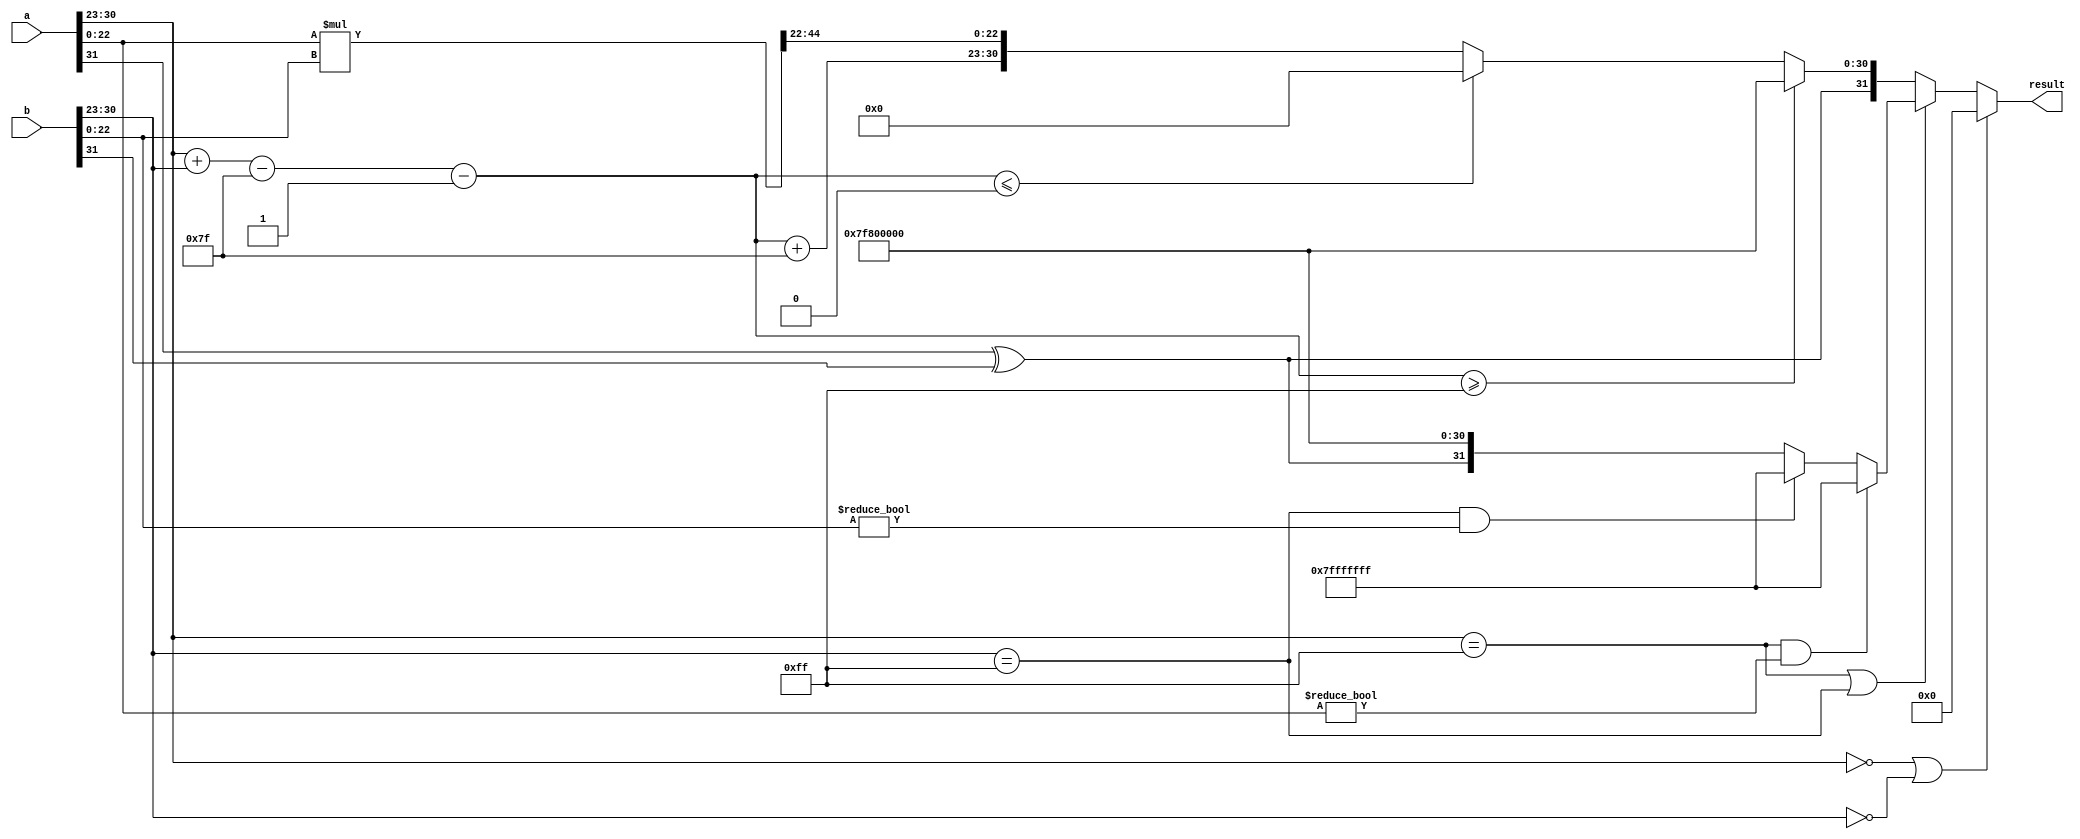
module floating_point_multiplier (
    input  wire [31:0] a,        // First floating-point number
    input  wire [31:0] b,        // Second floating-point number
    output reg  [31:0] result     // Result of multiplication
);

    // Internal signals
    wire sign_a, sign_b;
    wire [7:0] exponent_a, exponent_b;
    wire [22:0] mantissa_a, mantissa_b;
    reg sign_result;
    reg [7:0] exponent_result;
    reg [46:0] mantissa_result; // 23 + 23 bits
    reg [23:0] normalized_mantissa; // 24 bits for normalization
    reg [7:0] final_exponent;

    // Bias for single-precision
    localparam BIAS = 8'd127;

    // Extract components
    assign sign_a = a[31];
    assign exponent_a = a[30:23];
    assign mantissa_a = {1'b1, a[22:0]}; // Implicit leading 1 for normalized numbers

    assign sign_b = b[31];
    assign exponent_b = b[30:23];
    assign mantissa_b = {1'b1, b[22:0]}; // Implicit leading 1 for normalized numbers

    // Calculate sign of result
    always @(*) begin
        sign_result = sign_a ^ sign_b;
    end

    // Exponent calculation
    always @(*) begin
        if (exponent_a == 8'b0 || exponent_b == 8'b0) begin
            // Handle zero case
            result = 32'b0;
        end else if (exponent_a == 8'hFF || exponent_b == 8'hFF) begin
            // Handle infinity or NaN
            if (exponent_a == 8'hFF && mantissa_a != 0) begin
                // a is NaN
                result = 32'h7FFFFFFF; // NaN representation
            end else if (exponent_b == 8'hFF && mantissa_b != 0) begin
                // b is NaN
                result = 32'h7FFFFFFF; // NaN representation
            end else begin
                // One of them is infinity
                result = {sign_result, 8'hFF, 23'b0}; // Result is infinity
            end
        end else begin
            // Normal multiplication
            exponent_result = exponent_a + exponent_b - BIAS;
            mantissa_result = mantissa_a * mantissa_b; // 47-bit product
            normalized_mantissa = mantissa_result[46:23]; // Take the top 24 bits

            // Normalize the mantissa
            if (mantissa_result[46]) begin
                // Already normalized
                final_exponent = exponent_result;
            end else begin
                // Shift right until normalized
                final_exponent = exponent_result - 1;
                normalized_mantissa = mantissa_result[45:22]; // Shift right
            end

            // Handle exponent overflow
            if (final_exponent >= 8'hFF) begin
                result = {sign_result, 8'hFF, 23'b0}; // Result is infinity
            end else if (final_exponent <= 0) begin
                result = {sign_result, 8'b0, 23'b0}; // Result is zero
            end else begin
                // Assemble final result
                result = {sign_result, final_exponent + BIAS, normalized_mantissa[22:0]};
            end
        end
    end

endmodule